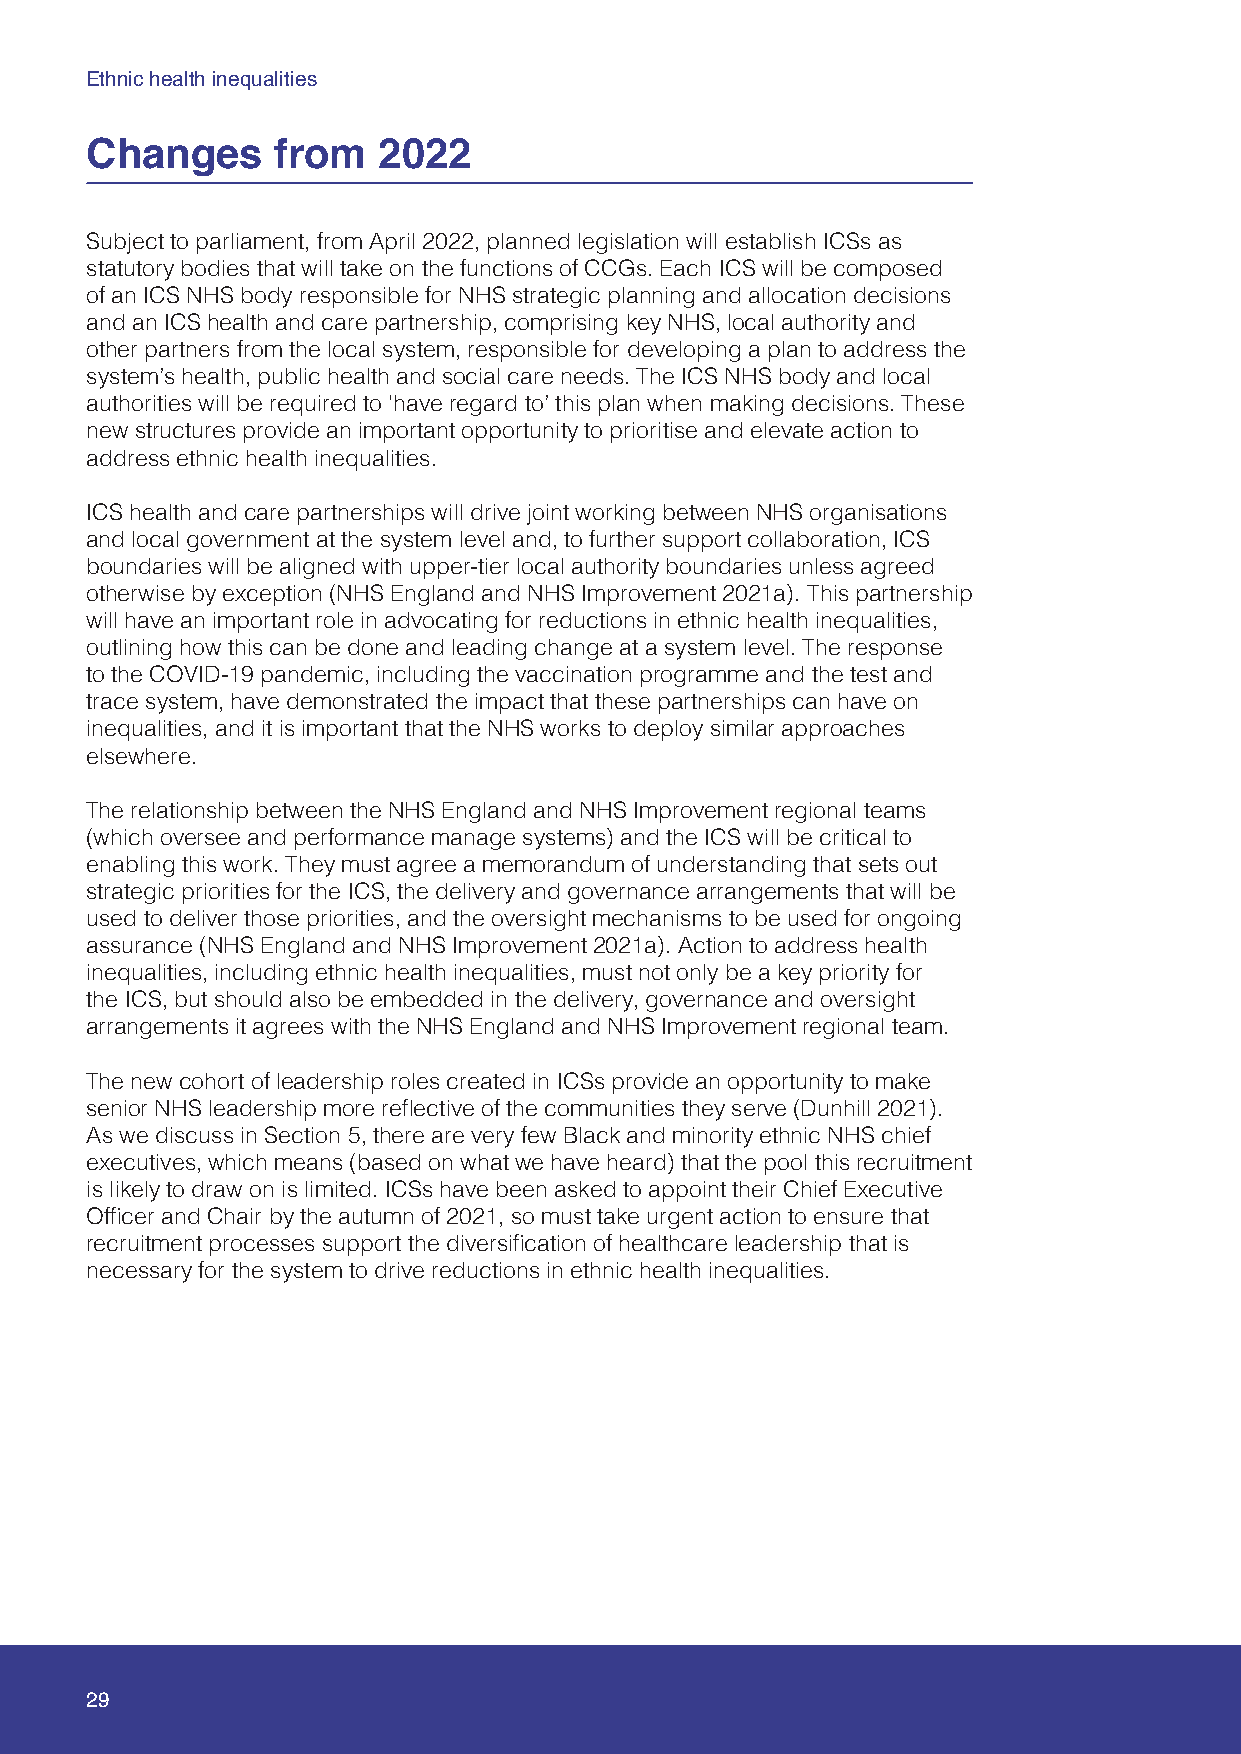
Ethnic health inequalities
 Changes     from   2022
 Subject to parliament, from April 2022, planned legislation will establish ICSs as
 statutory bodies that will take on the functions of CCGs. Each ICS will be composed
 of an ICS NHS body responsible for NHS strategic planning and allocation decisions
 and an ICS health and care partnership, comprising key NHS, local authority and
 other partners from the local system, responsible for developing a plan to address the
 system’s health, public health and social care needs. The ICS NHS body and local
 authorities will be required to ‘have regard to’ this plan when making decisions. These
 new structures provide an important opportunity to prioritise and elevate action to
 address ethnic health inequalities.
 ICS health and care partnerships will drive joint working between NHS organisations
 and local government at the system level and, to further support collaboration, ICS
 boundaries will be aligned with upper-tier local authority boundaries unless agreed
 otherwise by exception (NHS England and NHS Improvement 2021a). This partnership
 will have an important role in advocating for reductions in ethnic health inequalities,
 outlining how this can be done and leading change at a system level. The response
 to the COVID-19 pandemic, including the vaccination programme and the test and
 trace system, have demonstrated the impact that these partnerships can have on
 inequalities, and it is important that the NHS works to deploy similar approaches
 elsewhere.
 The relationship between the NHS England and NHS Improvement regional teams
 (which oversee and performance manage systems) and the ICS will be critical to
 enabling this work. They must agree a memorandum of understanding that sets out
 strategic priorities for the ICS, the delivery and governance arrangements that will be
 used to deliver those priorities, and the oversight mechanisms to be used for ongoing
 assurance (NHS England and NHS Improvement 2021a). Action to address health
 inequalities, including ethnic health inequalities, must not only be a key priority for
 the ICS, but should also be embedded in the delivery, governance and oversight
 arrangements it agrees with the NHS England and NHS Improvement regional team.
 The new cohort of leadership roles created in ICSs provide an opportunity to make
 senior NHS leadership more reflective of the communities they serve (Dunhill 2021).
 As we discuss in Section 5, there are very few Black and minority ethnic NHS chief
 executives, which means (based on what we have heard) that the pool this recruitment
 is likely to draw on is limited. ICSs have been asked to appoint their Chief Executive
 Officer and Chair by the autumn of 2021, so must take urgent action to ensure that
 recruitment processes support the diversification of healthcare leadership that is
 necessary for the system to drive reductions in ethnic health inequalities.
 29